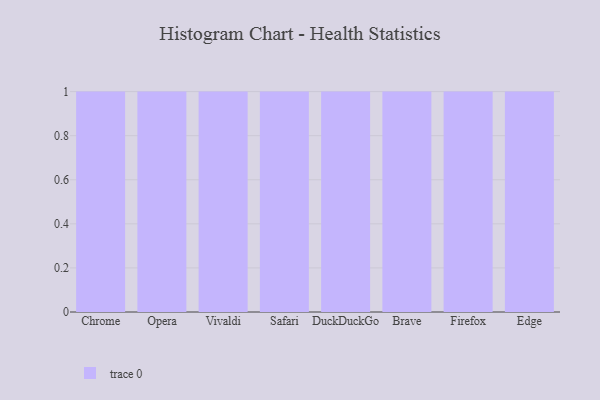
{"axis": {"x": "Browser", "y": "Backlog"}, "legend": [""], "data": [{"x": "Chrome", "y": 49, "type": ""}, {"x": "Opera", "y": 8, "type": ""}, {"x": "Vivaldi", "y": 81, "type": ""}, {"x": "Safari", "y": 1, "type": ""}, {"x": "DuckDuckGo", "y": 40, "type": ""}, {"x": "Brave", "y": 61, "type": ""}, {"x": "Firefox", "y": 47, "type": ""}, {"x": "Edge", "y": 63, "type": ""}]}